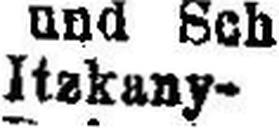
Itzkany-